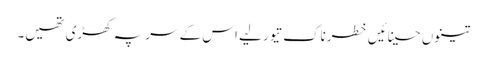
تینوں حسینائیں خطرناک تیور لیے اس کے سر پہ کھڑی تھیں۔